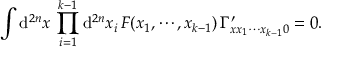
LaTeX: \int \mathrm { d } ^ { 2 n } x \, \prod _ { i = 1 } ^ { k - 1 } \mathrm { d } ^ { 2 n } x _ { i } \, F ( x _ { 1 } , \cdots , x _ { k - 1 } ) \, \Gamma _ { x x _ { 1 } \cdots x _ { k - 1 } 0 } ^ { \prime } = 0 .